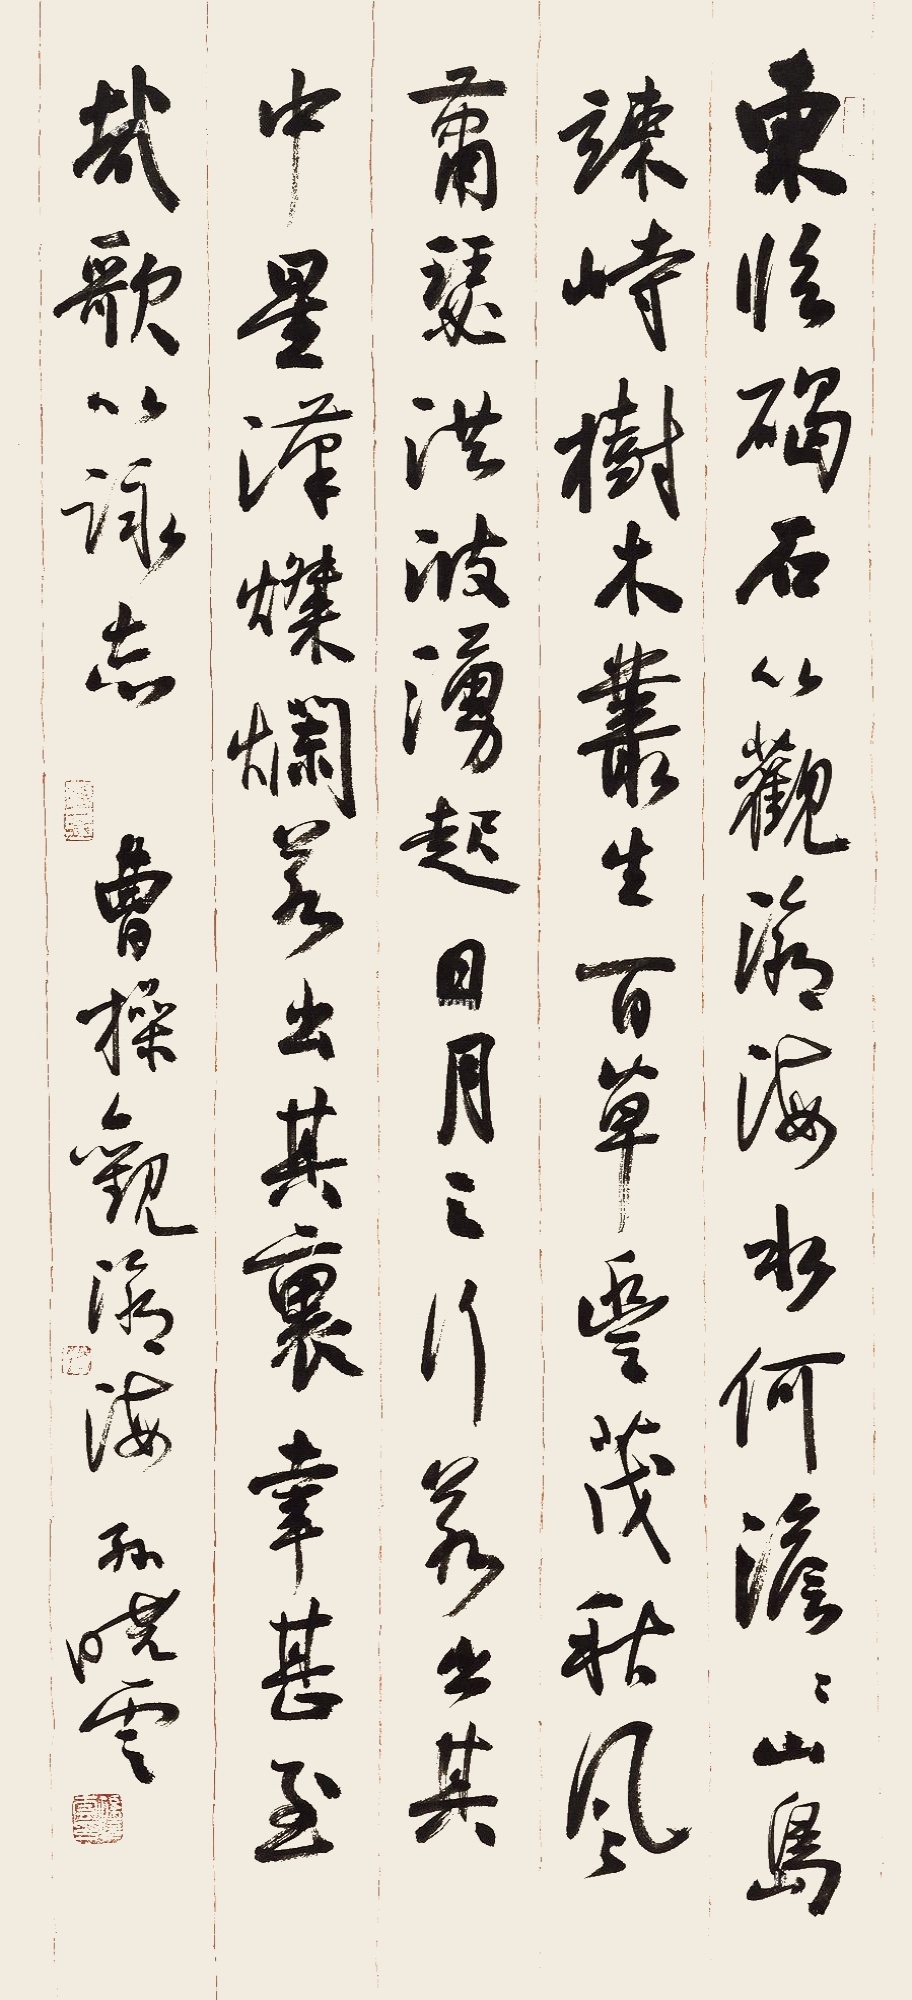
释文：东临碣石，以观沧海。水何澹澹，山岛竦峙。树木丛生，百草丰茂。秋风萧瑟，洪波涌起。日月之行，若出其中；星汉灿烂，若出其里。幸甚至哉，歌以咏志。曹操观沧海，孙晓云